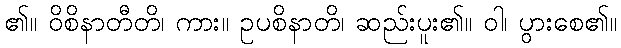
၏။ ဝိစိနာတီတိ၊ ကား။ ဥပစိနာတိ၊ ဆည်းပူး၏။ ဝါ၊ ပွားစေ၏။